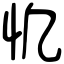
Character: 𢖾